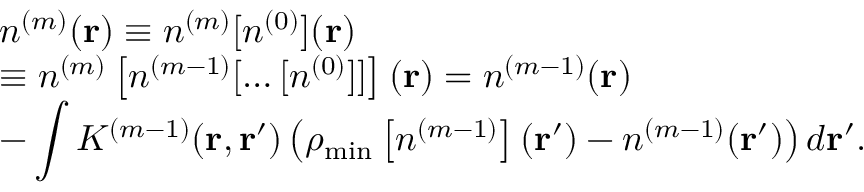
\begin{array} { l } { { \displaystyle n ^ { ( m ) } ( { \bf r } ) \equiv n ^ { ( m ) } [ n ^ { ( 0 ) } ] ( { \bf r } ) } \ ~ } \\ { { \displaystyle \equiv n ^ { ( m ) } \left[ n ^ { ( m - 1 ) } [ \ldots [ n ^ { ( 0 ) } ] ] \right] ( { \bf r } ) = n ^ { ( m - 1 ) } ( { \bf r } ) } \ ~ } \\ { { \displaystyle - \int K ^ { ( m - 1 ) } ( { \bf r , r ^ { \prime } } ) \left( \rho _ { \mathrm { m i n } } \left[ n ^ { ( m - 1 ) } \right] ( { \bf r ^ { \prime } } ) - n ^ { ( m - 1 ) } ( { \bf r ^ { \prime } } ) \right) d { \bf r ^ { \prime } } } . } \end{array}